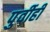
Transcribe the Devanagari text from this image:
पुर्वीही